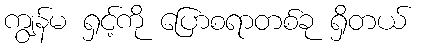
ကျွန်မ ရှင့်ကို ပြောစရာတစ်ခု ရှိတယ်